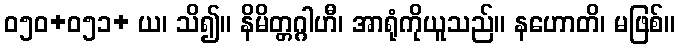
ဝ၅၀+၀၅၁+ ယ၊ သိ၍။ နိမိတ္တဂ္ဂါဟီ၊ အာရုံကိုယူသည်။ နဟောတိ၊ မဖြစ်။